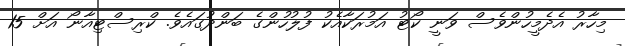
މިހާރު އެދެމީހުންވެސް ވަނީ ކޯޓު އަމުރަކާއެކު ފުލުހުންގެ ބަންދުގައެވެ. ކްރިސްޓިއާނޯ އަށް 15